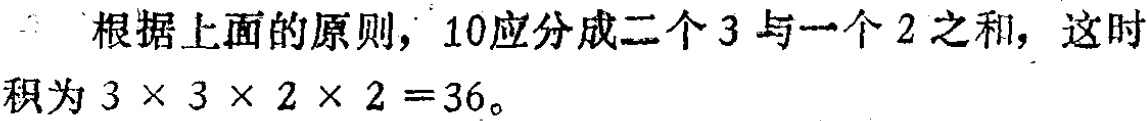
根据上面的原则，$10$应分成二个$3$与一个$2$之和，这时积为$3\times 3\times 2\times 2 = 36$。